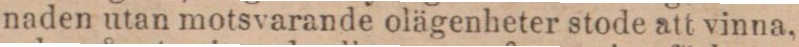
naden utan motsvarande olägenheter stode att vinna,